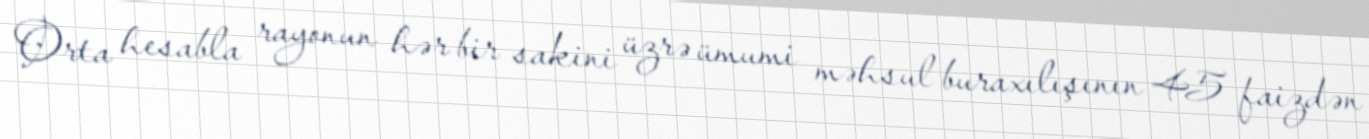
Orta hesabla rayonun hər bir sakini üzrə ümumi məhsul buraxılışının 45 faizdən